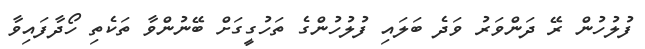
ފުލުހުން ރޭ ދަންވަރު ވަދެ ބަލައި ފުލުހުންގެ ތަހުގީގަށް ބޭނުންވާ ތަކެތި ހޯދާފައިވާ